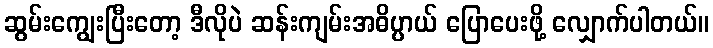
ဆွမ်းကျွေးပြီးတော့ ဒီလိုပဲ ဆန်းကျမ်းအဓိပ္ပာယ် ပြောပေးဖို့ လျှောက်ပါတယ်။